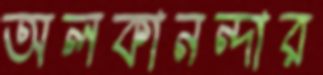
অলকানন্দার